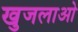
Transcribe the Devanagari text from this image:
खुजलाओ